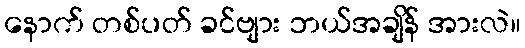
နောက် တစ်ပတ် ခင်ဗျား ဘယ်အချိန် အားလဲ။